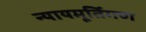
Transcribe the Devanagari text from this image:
न्यायमूर्तिगण